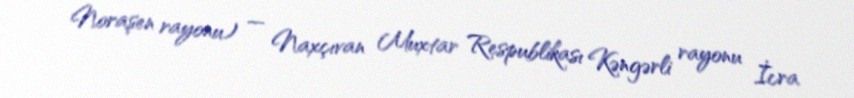
Noraşen rayonu) — Naxçıvan Muxtar Respublikası Kəngərli rayonu İcra